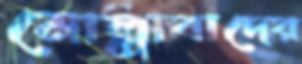
মোল্লাবাদের